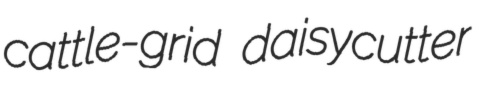
cattle-grid daisycutter